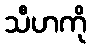
သီဟကို